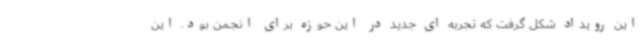
این رویداد شکل گرفت که تجربه ای جدید در این حوزه برای انجمن بود. این